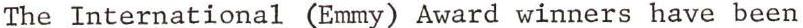
The International (Emmy) Award winners have been